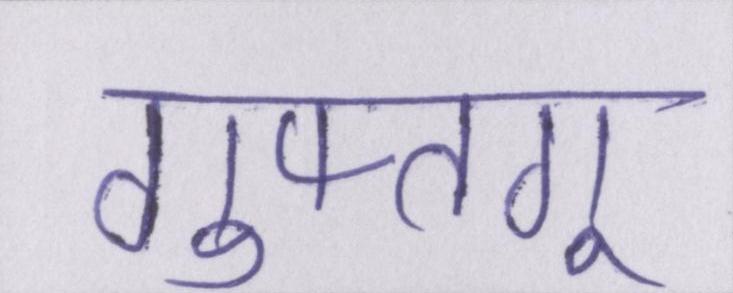
गुफ्तगू